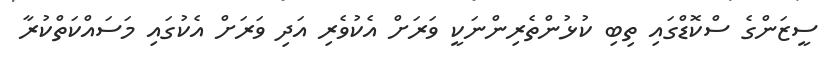
ސީޒަންގެ ސްކޮޑްގައި ތިބި ކުޅުންތެރިންނަކީ ވަރަށް އެކުވެރި އަދި ވަރަށް އެކުގައި މަސައްކަތްކުރާ